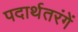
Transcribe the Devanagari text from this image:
पदार्थतरंगें